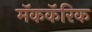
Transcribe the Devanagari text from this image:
मॅककॅरिक